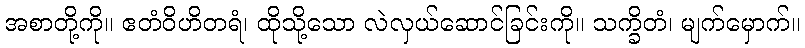
အစာတို့ကို။ ဧတံဝိဟိတရံ၊ ထိုသို့သော လဲလှယ်ဆောင်ခြင်းကို။ သက္ခိတံ၊ မျက်မှောက်။